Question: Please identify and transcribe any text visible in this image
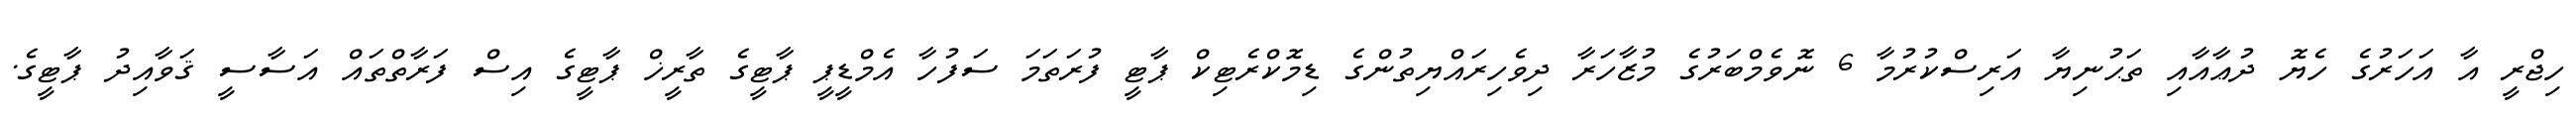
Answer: ހިޖްރީ އާ އަހަރުގެ ހެޔޮ ދުޢާއާއި ތަޙުނިޔާ އަރިސްކުރުމާ 6 ނޮވެމްބަރުގެ މުޒާހަރާ ދިވެހިރައްޔިތުންގެ ޑިމޮކްރެޓިކް ޕާޓީ ފުރަތަމަ ސަފުހާ އެމްޑީޕީ ޕާޓީގެ ތާރީޚް ޕާޓީގެ އިސް ފަރާތްތައް އަސާސީ ޤަވާއިދު ޕާޓީގެ.